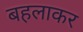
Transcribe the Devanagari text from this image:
बहलाकर